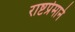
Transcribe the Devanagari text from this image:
राष्टप्रेमाने